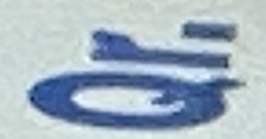
Qr.